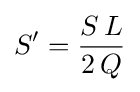
S'={\frac {S\,L}{2\,Q}}